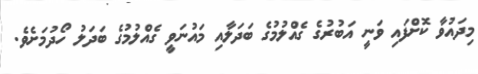
މިދައުވާ ކޮށްފައި ވަނީ އަބުރުގެ ގެއްލުމުގެ ބަދަލާއި މައުނަވީ ގެއްލުމުގެ ބަދަލު ހޯދުމަށެވެ.